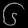
Digit: ၆